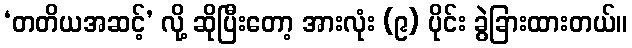
‘တတိယအဆင့်’ လို့ ဆိုပြီးတော့ အားလုံး (၉) ပိုင်း ခွဲခြားထားတယ်။